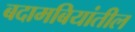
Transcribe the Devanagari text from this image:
बदामबियांतील